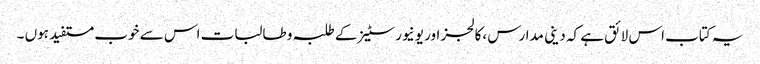
یہ کتاب اس لائق ہے کہ دینی مدارس ،کالجز اور یونیورسٹیز کے طلبہ و طالبات اس سے خوب مستفید ہوں ۔